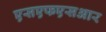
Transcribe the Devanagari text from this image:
एसएफएसआर